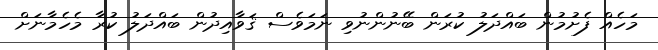
މަހެއް ފެށުމުން ބައްދަލު ކުރަން ބޭނުންނުވި ނަމަވެސް ޤަވާއިދުން ބައްދަލު ކުރާ މެހެމާނަށް